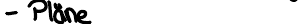
- Pläne